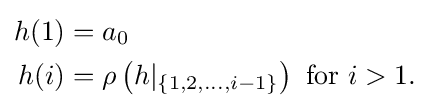
{\begin{aligned}h(1)&=a_{0}\\h(i)&=\rho \left(h|_{\{1,2,\ldots ,i-1\}}\right){\text{ for }}i>1.\end{aligned}}